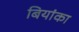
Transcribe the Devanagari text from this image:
बियांका